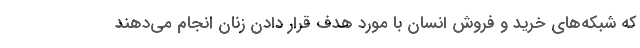
که شبکه‌های خرید و فروش انسان با مورد هدف قرار دادن زنان انجام می‌دهند